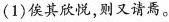
(1)俟其欣悦，则又请焉。